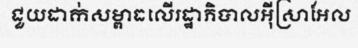
ជួយដាក់សម្ពាធលើរដ្ឋាភិបាលអ៊ីស្រាអែល